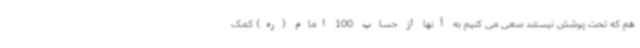
هم که تحت پوشش نیستند سعی می کنیم به آنها از حساب 100 امام (ره) کمک